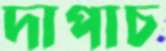
দাপাচ